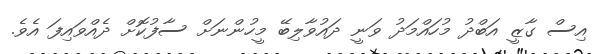
އިސް ގާޒީ އަބްދު މުހައްމަދު ވަނީ ދައުވާލިބޭ މީހުންނަށް ސާފުކޮށް ދެއްވައިފަ އެވެ.